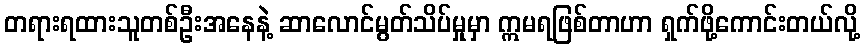
တရားရထားသူတစ်ဦးအနေနဲ့ ဆာလောင်မွတ်သိပ်မှုမှာ ဣမရဖြစ်တာဟာ ရှက်ဖို့ကောင်းတယ်လို့